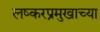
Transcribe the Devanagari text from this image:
लष्करप्रमुखाच्या